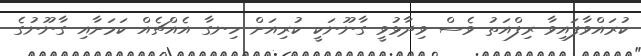
ކުރައްވާފައިވާ ރިފްއަތު ވެސް ވިދާޅުވީ ގާނޫނަކީ ކުރިއަށް ހިނގާ އެއްޗެއް ކަމަށާއި ގާނޫނުގެ